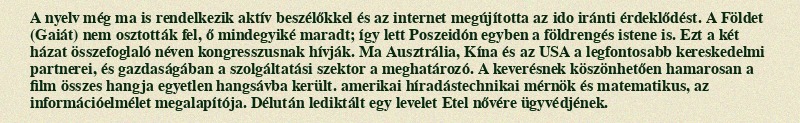
A nyelv még ma is rendelkezik aktív beszélőkkel és az internet megújította az ido iránti érdeklődést. A Földet (Gaiát) nem osztották fel, ő mindegyiké maradt; így lett Poszeidón egyben a földrengés istene is. Ezt a két házat összefoglaló néven kongresszusnak hívják. Ma Ausztrália, Kína és az USA a legfontosabb kereskedelmi partnerei, és gazdaságában a szolgáltatási szektor a meghatározó. A keverésnek köszönhetően hamarosan a film összes hangja egyetlen hangsávba került. amerikai híradástechnikai mérnök és matematikus, az információelmélet megalapítója. Délután lediktált egy levelet Etel nővére ügyvédjének.